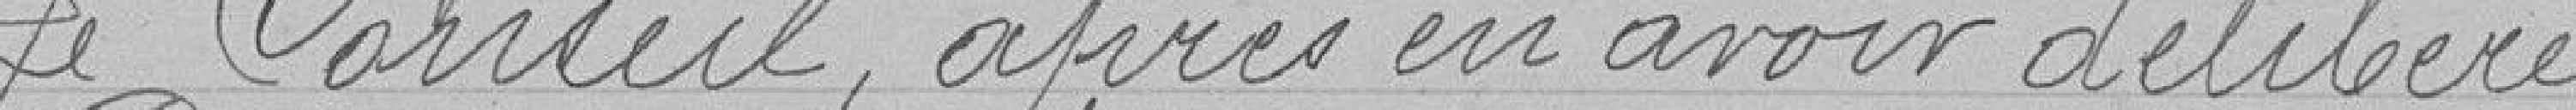
Le Conseil, après en avoir délibéré